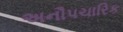
અનૌપચારિક